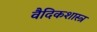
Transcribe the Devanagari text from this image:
वैदिकशास्त्र